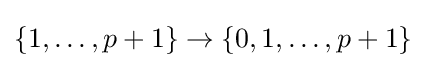
\{1,\ldots ,p+1\}\to \{0,1,\ldots ,p+1\}